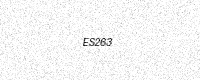
Text: ES263